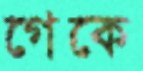
গেকে